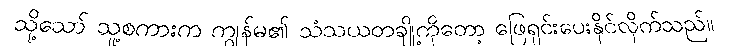
သို့သော် သူ့စကားက ကျွန်မ၏ သံသယတချို့ကိုတော့ ဖြေရှင်းပေးနိုင်လိုက်သည်။